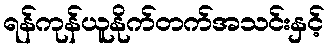
ရန်ကုန်ယူနိုက်တက်အသင်းနှင့်